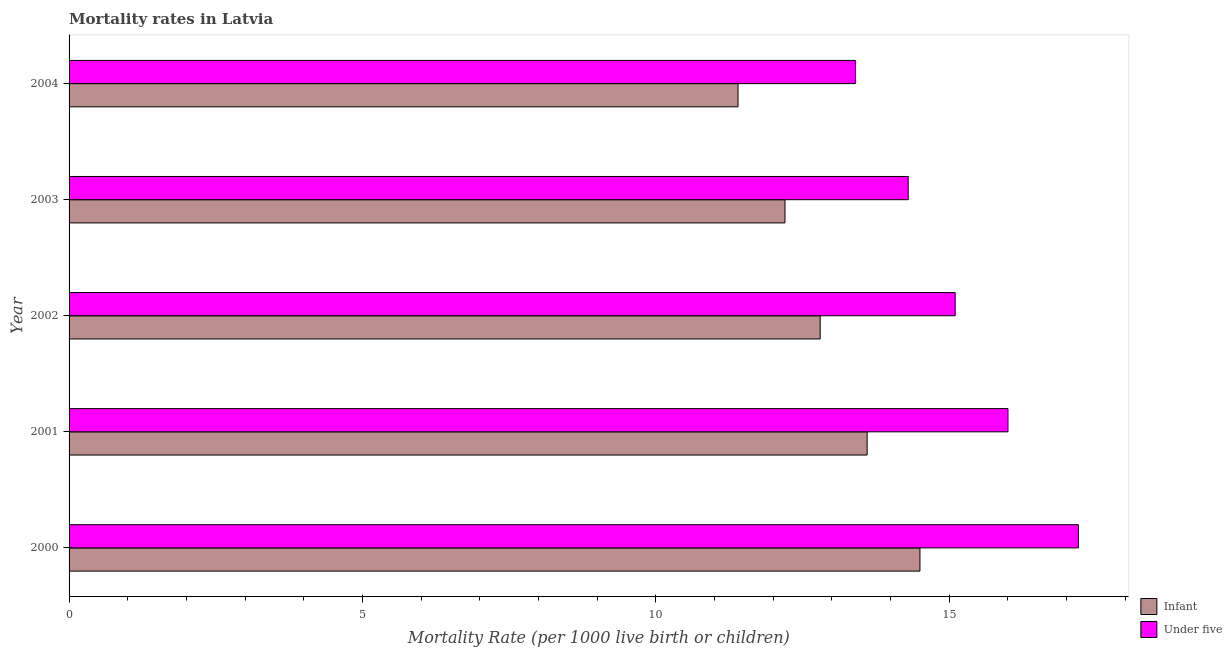
| Year | Infant | Under five |
 | --- | --- | --- |
 | 2000 | 14.5 | 17.2 |
 | 2001 | 13.6 | 16 |
 | 2002 | 12.8 | 15.1 |
 | 2003 | 12.2 | 14.3 |
 | 2004 | 11.4 | 13.4 |